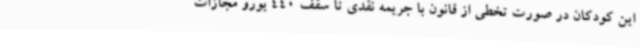
این کودکان در صورت تخطی از قانون با جریمه نقدی تا سقف 440 یورو مجازات